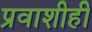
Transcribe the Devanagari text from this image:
प्रवाशीही